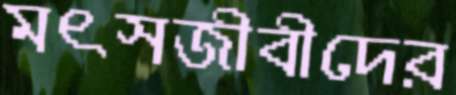
মৎসজীবীদের